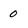
Character: 0